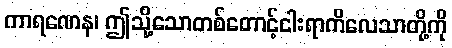
ကာရဏေန၊ ဤသို့သောတစ်တောင့်ငါးရာကိလေသာတို့ကို